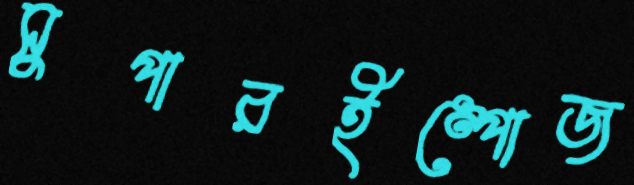
সুপারইম্পোজ